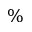
\%